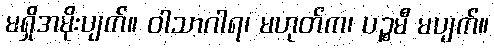
မရှိအမိုးပျက်။ ဝါသာဂါရ၊ မဟုတ်က၊ ပဉ္စမီ မပျက်။